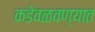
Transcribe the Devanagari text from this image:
कडेवळवण्यात